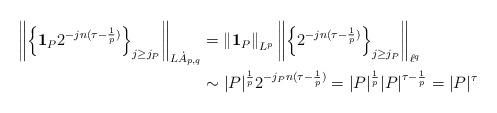
LaTeX: \begin{align*}\left\|\left\{\mathbf{1}_P2^{-jn(\tau-\frac{1}{p})}\right\}_{j\geq j_P}\right\|_{L\dot A_{p,q}}&=\left\|\mathbf{1}_P\right\|_{L^p}\left\|\left\{2^{-jn(\tau-\frac{1}{p})}\right\}_{j\geq j_P}\right\|_{\ell^q}\\&\sim|P|^{\frac{1}{p}}2^{-j_Pn(\tau-\frac{1}{p})}=|P|^{\frac{1}{p}}|P|^{\tau-\frac{1}{p}}=|P|^{\tau}\end{align*}